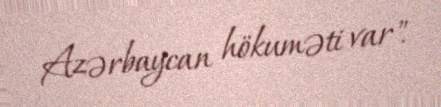
Azərbaycan hökuməti var".